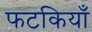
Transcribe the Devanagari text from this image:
फटकियाँ